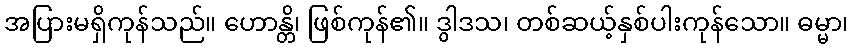
အပြားမရှိကုန်သည်။ ဟောန္တိ၊ ဖြစ်ကုန်၏။ ဒွါဒသ၊ တစ်ဆယ့်နှစ်ပါးကုန်သော။ ဓမ္မာ၊